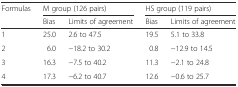
| <ROWSPAN=2> Formulas | <COLSPAN=2> M group (126 pairs) | <COLSPAN=2> HS group (119 pairs) |
 | Bias | Limits of agreement | Bias | Limits of agreement |
 | --- | --- | --- | --- | --- |
 | 1 | 25.0 | 2.6 to 47.5 | 19.5 | 5.1 to 33.8 |
 | 2 | 6.0 | −18.2 to 30.2 | 0.8 | −12.9 to 14.5 |
 | 3 | 16.3 | −7.5 to 40.2 | 11.3 | −2.1 to 24.8 |
 | 4 | 17.3 | −6.2 to 40.7 | 12.6 | −0.6 to 25.7 |